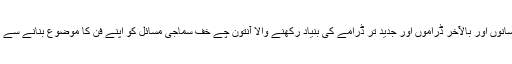
صحافت سے ابتدا کر کے چھوٹے بڑے افسانوں اور بالآخر ڈراموں اور جدید تر ڈرامے کی بنیاد رکھنے والا آنتون چے خف سماجی مسائل کو اپنے فن کا موضوع بنانے سے منکر اور انسانی فطرت کا گہرا نبّاض تھا۔